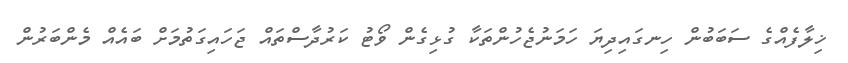
ޚިލާފެއްގެ ސަބަބުން ހިނގައިދިޔަ ހަމަނުޖެހުންތަކާ ގުޅިގެން ވޯޓު ކަރުދާސްތައް ޖަހައިގަތުމަށް ބައެއް މެންބަރުން